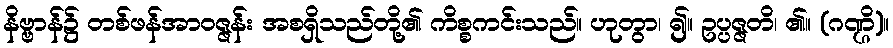
နိဗ္ဗာန်၌ တစ်ဖန်အာဝဇ္ဇန်း အစရှိသည်တို့၏ ကိစ္စကင်းသည်။ ဟုတွာ၊ ၍။ ဥပ္ပဇ္ဇတိ၊ ၏။ (ဂဏ္ဌိ)။